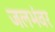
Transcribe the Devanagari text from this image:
जलभंवर